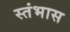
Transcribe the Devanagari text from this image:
स्तंभास